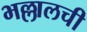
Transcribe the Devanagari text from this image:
भल्लालची